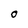
Character: O